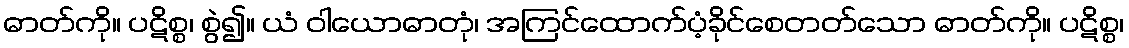
ဓာတ်ကို။ ပဋိစ္စ၊ စွဲ၍။ ယံ ဝါယောဓာတုံ၊ အကြင်ထောက်ပံ့ခိုင်စေတတ်သော ဓာတ်ကို။ ပဋိစ္စ၊